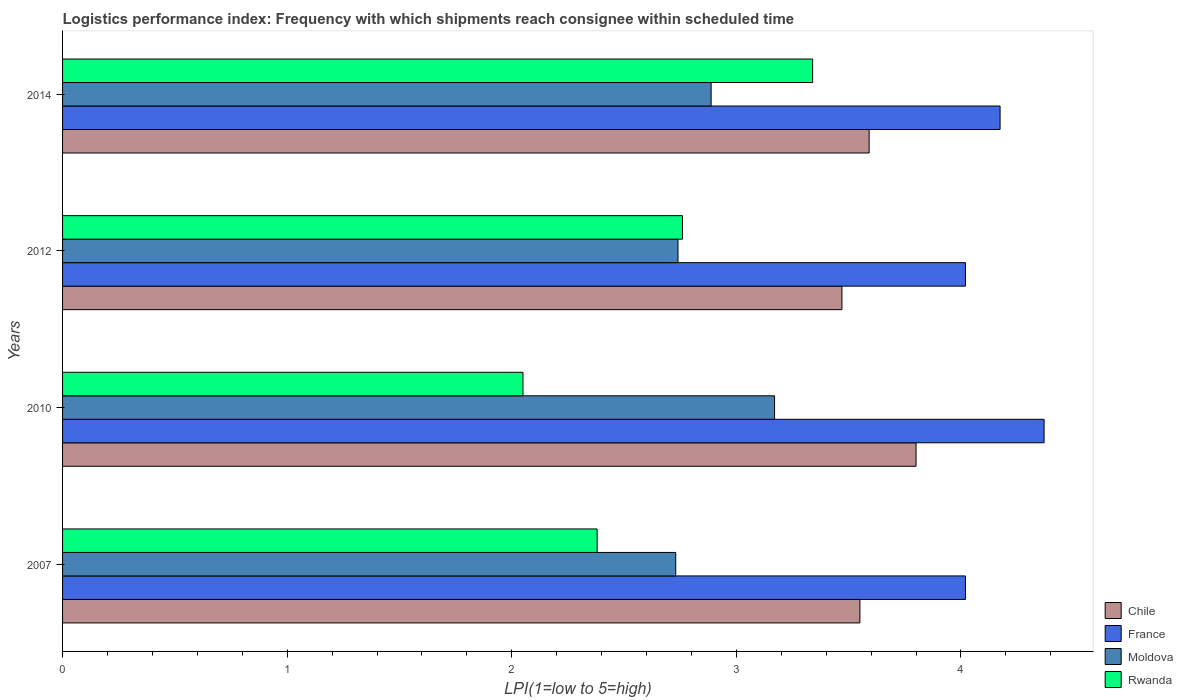
| Years | Chile | France | Moldova | Rwanda |
 | --- | --- | --- | --- | --- |
 | 2007 | 3.55 | 4.02 | 2.73 | 2.38 |
 | 2010 | 3.8 | 4.37 | 3.17 | 2.05 |
 | 2012 | 3.47 | 4.02 | 2.74 | 2.76 |
 | 2014 | 3.59 | 4.17 | 2.89 | 3.34 |